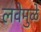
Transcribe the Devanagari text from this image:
लवेमुळे